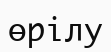
өрілу